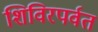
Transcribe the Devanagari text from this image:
शिविरपर्वत